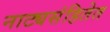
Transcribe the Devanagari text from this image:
नाट्यसंहितेत